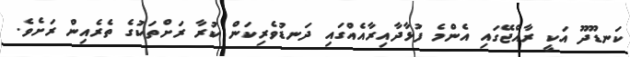
ކަނޑޫދޫ އަކީ ރާއްޖޭގައި އެންމެ ފުޅާދާއިރާއެއްގައި ދަނޑުވެރިކަން ކުރާ ރަށްތަކުގެ ތެރެއިން ރަށެވެ.